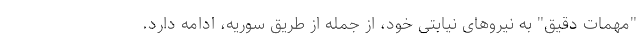
"مهمات دقیق" به نیروهای نیابتی خود، از جمله از طریق سوریه، ادامه دارد.